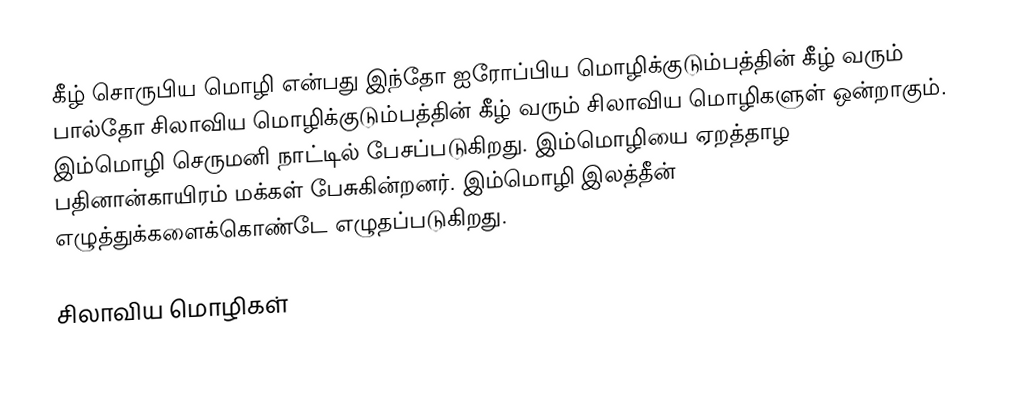
கீழ் சொருபிய மொழி என்பது இந்தோ ஐரோப்பிய மொழிக்குடும்பத்தின் கீழ் வரும் பால்தோ சிலாவிய மொழிக்குடும்பத்தின் கீழ் வரும் சிலாவிய மொழிகளுள் ஒன்றாகும். இம்மொழி செருமனி நாட்டில் பேசப்படுகிறது. இம்மொழியை ஏறத்தாழ பதினான்காயிரம் மக்கள் பேசுகின்றனர். இம்மொழி இலத்தீன் எழுத்துக்களைக்கொண்டே எழுதப்படுகிறது.

சிலாவிய மொழிகள்